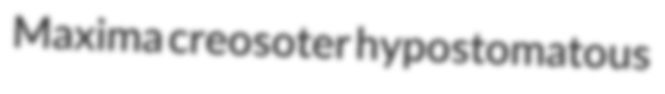
Maxima creosoter hypostomatous